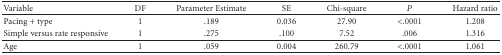
<table><thead><tr><td><b>Variable</b></td><td><b>DF</b></td><td><b>Parameter Estimate</b></td><td><b>SE</b></td><td><b>Chi-square</b></td><td><b><i>P</i></b></td><td><b>Hazard ratio</b></td></tr></thead><tbody><tr><td>Pacing + type</td><td>1</td><td>.189</td><td>0.036</td><td>27.90</td><td>&lt;.0001</td><td>1.208</td></tr><tr><td>Simple versus rate responsive</td><td>1</td><td>.275</td><td>.100</td><td>7.52</td><td>.006</td><td>1.316</td></tr><tr><td>Age</td><td>1</td><td>.059</td><td>0.004</td><td>260.79</td><td>&lt;.0001</td><td>1.061</td></tr></tbody></table>